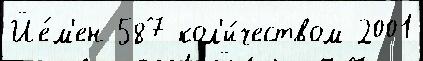
Йе́м'ен 587 кол'и́чеством 2001